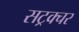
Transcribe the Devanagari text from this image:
सट्रक्चर